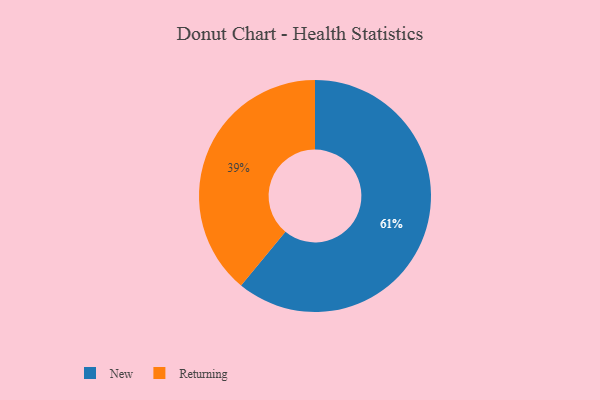
{"axis": {"x": "Category", "y": "Percentage"}, "legend": ["New", "Returning"], "data": [{"x": "New", "y": 61, "type": "New"}, {"x": "Returning", "y": 39, "type": "Returning"}]}